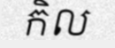
កិល